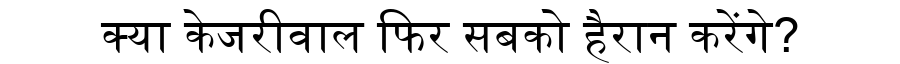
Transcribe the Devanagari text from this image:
क्या केजरीवाल फिर सबको हैरान करेंगे?